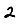
Digit: 2